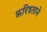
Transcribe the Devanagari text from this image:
फ़रिश्ताने